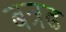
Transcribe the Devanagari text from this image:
बत्रढ